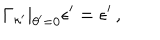
LaTeX: \Gamma _ { \kappa ^ { \prime } } | _ { \theta ^ { \prime } = 0 } \epsilon ^ { \prime } = \epsilon ^ { \prime } \, ,